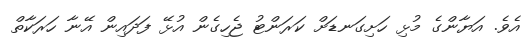
އެވެ. އަޔާންގެ މުޅި ހަށިގަނޑަށް ކަރަންޓު ޖެހިގެން އުޅޭ ފަދައިން އޭނާ ހަރަކާތް